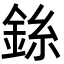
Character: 銯